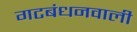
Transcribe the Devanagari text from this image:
गटबंधनवाली